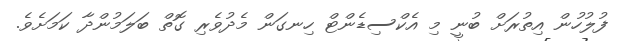
ފުލުހުން އިތުރަށް ބުނީ މި އެކްސިޑެންޓް ހިނގަން މެދުވެރި ގޮތް ބަލަމުންދާ ކަމަށެވެ.